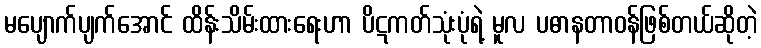
မပျောက်ပျက်အောင် ထိန်းသိမ်းထားရေးဟာ ပိဋကတ်သုံးပုံရဲ့ မူလ ပဓာနတာဝန်ဖြစ်တယ်ဆိုတဲ့